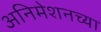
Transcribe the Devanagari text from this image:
अनिमेशनच्या